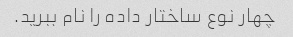
چهار نوع ساختار داده را نام ببرید.